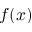
f ( x )